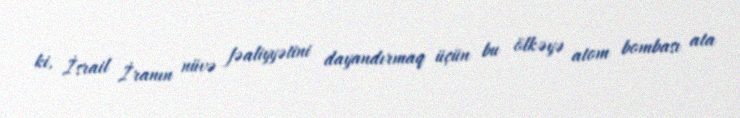
ki, İsrail İranın nüvə fəaliyyətini dayandırmaq üçün bu ölkəyə atom bombası ata